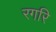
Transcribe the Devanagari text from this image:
रगरि